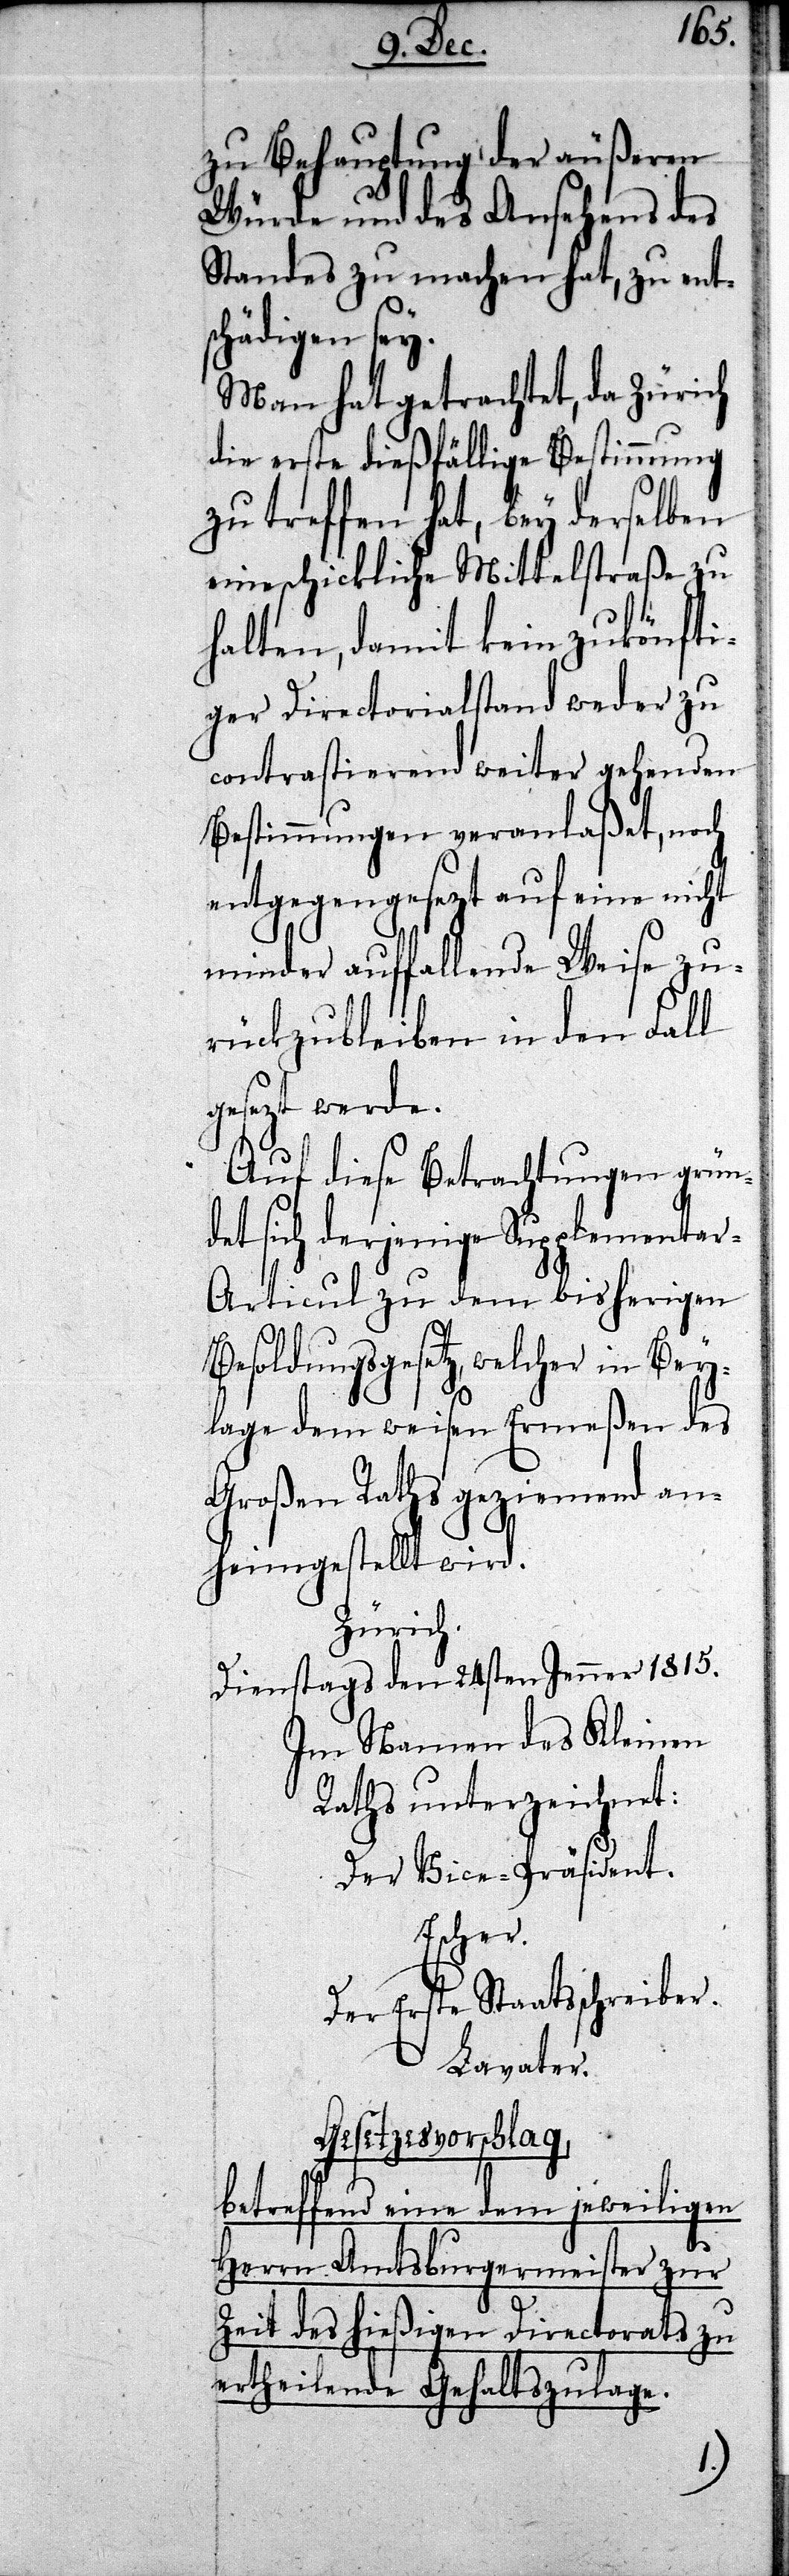
zu Behauptung der äußeren
Würde und des Ansehens des
Standes zu machen hat, zu ent¬
schädigen sey.
Man hat getrachtet, da Zürich
die erste dießfällige Bestimmung
zu treffen hat, bey derselben
eine schickliche Mittelstraße zu
halten, damit kein zukünfti¬
ger Directorialstand weder zu
contrastierend weiter gehenden
Bestimmungen veranlaßet, noch
entgegengesezt auf eine nicht
minder auffallende Weise zu¬
rückbleiben in den Fall
gesezt werde.
Auf diese Betrachtungen grün¬
det sich derjenige Supplementar-A¬
rticul zu dem bisherigen
Besoldungsgesetz, welcher in Bey¬
lage dem weisen Ermeßen des
Großen Raths geziemend an¬
heimgestellt wird.
Zürich.
Dienstags den 24sten Jenner 1815.
Im Namen des Kleinen
Raths unterzeichnet:
Der Vicepräsident.
Escher.
Der Erste Staatsschreiber.
Lavater.
Gesetzesvorschlag,
betreffend eine dem jeweiligen
Herrn Amtsburgermeister zur
Zeit des hießigen Directorats zu
ertheilende Gehaltszulage.